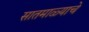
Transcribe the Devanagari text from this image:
सातमाळ्याचे